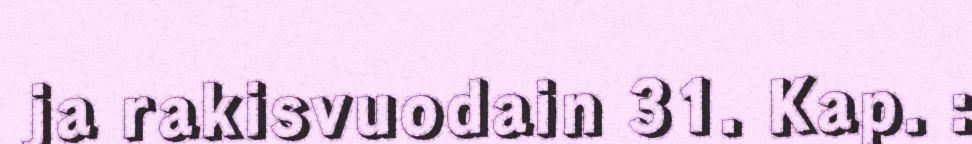
ja rakisvuodain 31. Kap. :